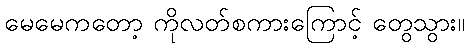
မေမေကတော့ ကိုလတ်စကားကြောင့် တွေသွား။